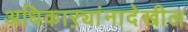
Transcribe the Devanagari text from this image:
अधिकाऱ्यांनादेखील